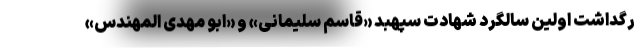
رگداشت اولین سالگرد شهادت سپهبد «قاسم سلیمانی» و «ابو مهدی المهندس»